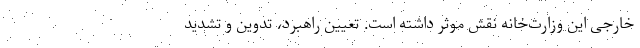
خارجی این وزارت‌خانه نقش موثر داشته است. تعیین راهبرد، تدوین و تشدید